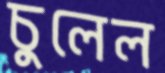
চুলেল